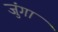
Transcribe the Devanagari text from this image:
जुंगा